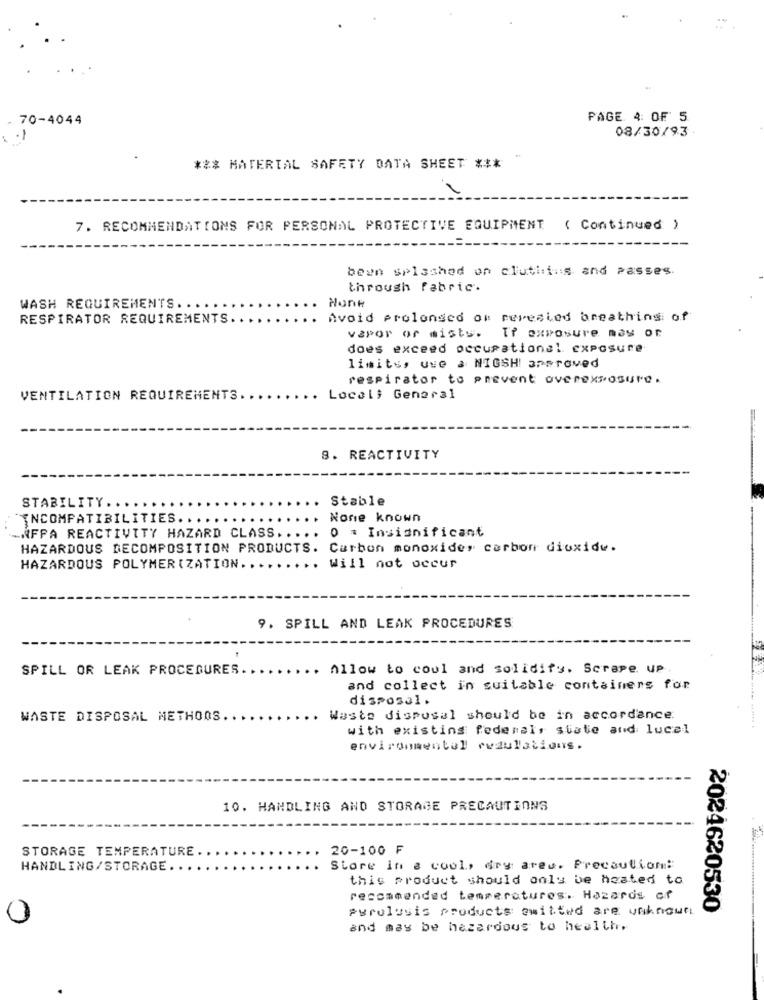
- 70-4044
PAGE 4 OF 5
08/30/93
-
*** MATERIAL SAFETY DATA SHEET ***
7. RECOMMENDATIONS FOR PERSONAL PROTECTIVE EQUIPMENT
( Continued )
beun splashed on cluti:ins and Passes.
through fabric.
Hone
WASH REQUIREMENTS .....
RESPIRATOR REQUIREMENTS ..
Avoid prolonged of revealed breathing of
vapor of misty.
Tr exposure may or
does exceed occupational exposure
limits, use a NIGSHI approved
respirator to prevent overexposure .
VENTILATION REQUIREMENTS.
Locali General
8. REACTIVITY
STABILITY ..
Stable
"INCOMPATIBILITIES. ..
None known
0 # Insignificant
-AFFA REACTIVITY HAZARD CLASS ...
HAZARDOUS DECOMPOSITION PRODUCTS.
Carbon monoxide, carbon dioxide.
HAZARDOUS POLYMERIZATION.
....
.. Will not occur
9. SPILL AND LEAK PROCEDURES
SPILL OR LEAK PROCEDURES.
. Allow to coul and solidity, Scrape up
and collect in suitable containers for
disposal.
WASTE DISPOSAL METHOOS.
Waste disposal should be in accordance.
with existing federal, state and lucal
environmental rwdulations.
10. HANDLING AND STORAGE PRECAUTIONS
STORAGE TEMPERATURE.
20-100 ₣
HANDLING/STORAGE ...
Store in a cool, dry areu. Precaution:
this product should only be heated to
recommended temperatures. Hazards of
Purolusis products emitted are unknown
2024620530
0
and may be hazardous to health.